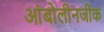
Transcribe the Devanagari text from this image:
आंबोलीनजीक